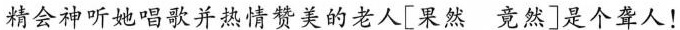
精会神听她唱歌并热情赞美的老人[果然竟然]是个聋人！